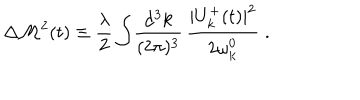
\Delta { \cal M } ^ { 2 } ( t ) \equiv \frac { \lambda } { 2 } \int \! \frac { \mathrm { d ^ { 3 } } k } { ( 2 \pi ) ^ { 3 } } \, \frac { | U _ { k } ^ { + } ( t ) | ^ { 2 } } { 2 \omega _ { k } ^ { 0 } } \; .